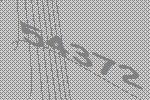
54372